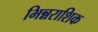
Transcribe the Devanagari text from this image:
भिन्नराशिक